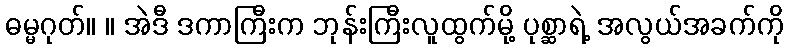
ဓမ္မဂုတ်။ ။ အဲဒီ ဒကာကြီးက ဘုန်းကြီးလူထွက်မို့ ပုစ္ဆာရဲ့ အလွယ်အခက်ကို